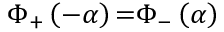
\Phi _ { + } \left( - \alpha \right) { = } \Phi _ { - } \left( \alpha \right)